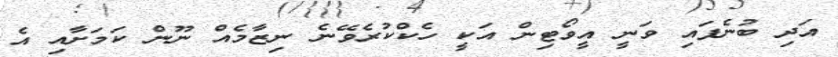
އަދި ބުނެފައި ވަނީ އީވޯޓިން އަކީ ހެކްކުރެވޭނެ ނިޒާމެއް ނޫން ކަމަށާއި އެ